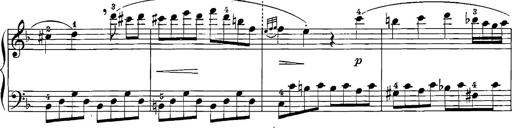
Title: 12 Sonatinas
Composer: Ignaz Pleyel